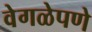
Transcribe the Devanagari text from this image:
वेगळेपणे